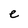
Character: e